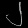
Digit: ၂